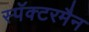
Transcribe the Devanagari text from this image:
स्पॅक्टरमैन